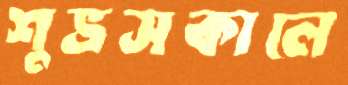
শুভ্রসকালে